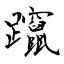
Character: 躥